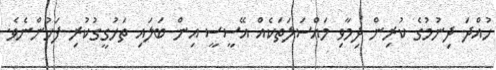
ހުއްދަ ދިނުމުގެ ކުރިން ދިމާވި މައްސަލަތަކެއް އޭސީސީ އިން ބަލައި ތަހުގީގުކުރި ފަހުންނެވެ.